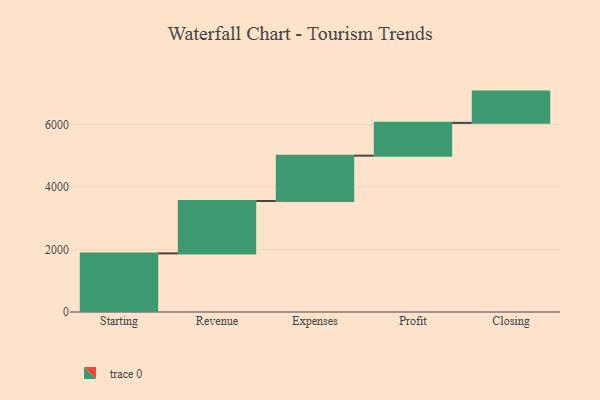
{"axis": {"x": "Step", "y": "Value"}, "legend": [""], "data": [{"x": "Starting", "y": 1875.0, "type": ""}, {"x": "Revenue", "y": 1676.0, "type": ""}, {"x": "Expenses", "y": 1450.0, "type": ""}, {"x": "Profit", "y": 1049.0, "type": ""}, {"x": "Closing", "y": 1000, "type": ""}]}